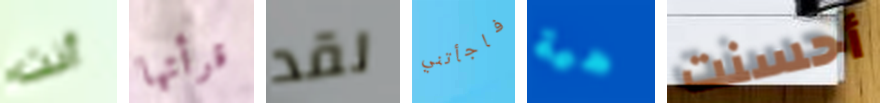
أنت قرأتها لقد فاجأتني هية أحسنت